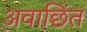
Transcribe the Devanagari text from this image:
अवाछिंत